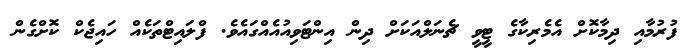
ފުރުމާއި ދިމާކޮށް އެމެރިކާގެ ޓީވީ ޗެނަލްއަކަށް ދިން އިންޓަވިއުއެއްގައެވެ. ފްލައިޓްތަކެއް ހައިޖެކް ކޮށްގެން